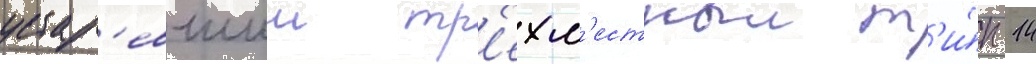
устар'евшии тр'ехм'естныи т'и́п 14